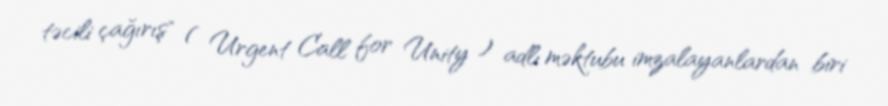
təcili çağırış" ( Urgent Call for Unity ) adlı məktubu imzalayanlardan biri